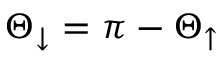
\Theta _ { \downarrow } = \pi - \Theta _ { \uparrow }